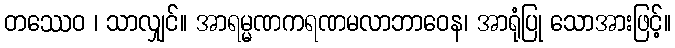
တဿေဝ ၊ သာလျှင်။ အာရမ္မဏကရဏမလာဘာဝေန၊ အာရုံပြု သောအားဖြင့်။